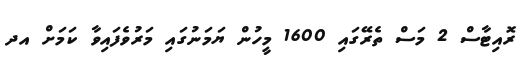
ރޮއިޓާސް 2 މަސް ތެރޭގައި 1600 މީހުން ޔަމަނުގައި މަރުވެފައިވާ ކަމަށް އދ